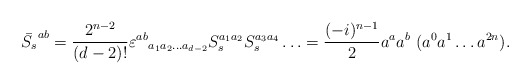
\begin{align*}\bar{S_s}^{ab} = \frac{2^{n-2}}{(d-2)!} \varepsilon^{ab}{}_{a_1 a_2\ldots a_{d-2}} S_s^{a_1 a_2} S_s^{a_3 a_4} \ldots = \frac{(-i)^{n-1}}{2} a^a a^b\,\, (a^0 a^1\ldots a^{2n}).\end{align*}